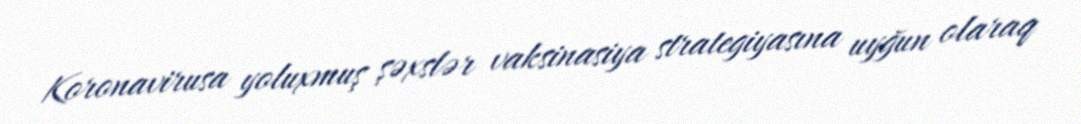
Koronavirusa yoluxmuş şəxslər vaksinasiya strategiyasına uyğun olaraq